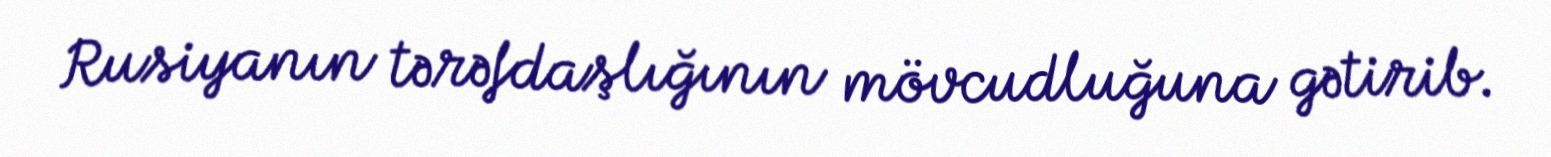
Rusiyanın tərəfdaşlığının mövcudluğuna gətirib.